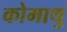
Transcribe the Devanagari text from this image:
कोमाथु